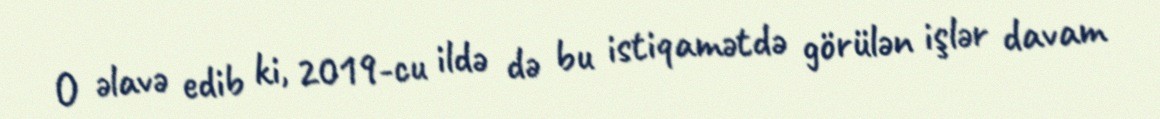
O əlavə edib ki, 2019-cu ildə də bu istiqamətdə görülən işlər davam